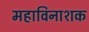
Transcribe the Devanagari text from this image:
महाविनाशक